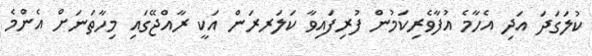
ކުލަގަދަ އަދި އެހާމެ އުފާވެރިކަމުން ފުރިފައިވާ ކަލަރރަން އަކީ ރާއްޖޭގައި މިހާތަނަށް އެންމެ